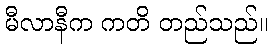
မီလာနီက ကတိ တည်သည်။